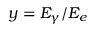
y = E _ { \gamma } / E _ { e }